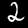
Label: 2